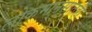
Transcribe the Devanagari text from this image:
लोकमानसातही